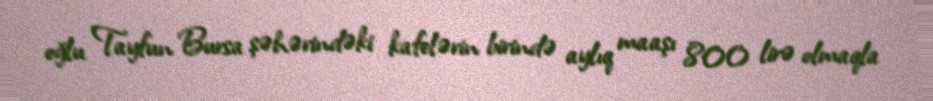
oğlu Tayfun Bursa şəhərindəki kafelərin birində aylıq maaşı 800 lirə olmaqla